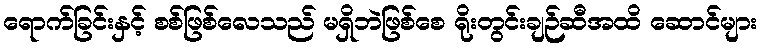
ရောက်ခြင်းနှင့် စစ်ဖြစ်လေသည် မရှိဘဲဖြစ်စေ ရိုးတွင်းချဉ်ဆီအထိ ဆောင်များ